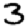
Digit: 3